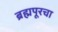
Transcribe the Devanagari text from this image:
ब्रह्मपूरचा